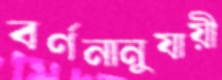
বর্ণনানুযায়ী